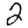
Digit: 2